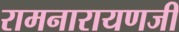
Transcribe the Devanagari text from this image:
रामनारायणजी